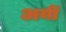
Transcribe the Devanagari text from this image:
अयीं